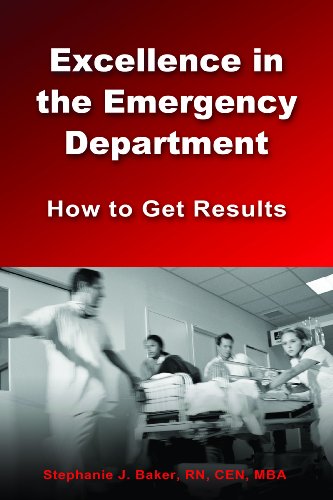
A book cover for Excellence in the Emergency Department: How to Get Results; Stephanie J. Baker; Medical Books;